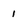
Character: 1